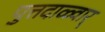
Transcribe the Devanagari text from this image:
पुत्तदाळ्वार्